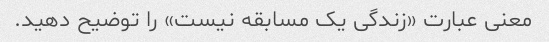
معنی عبارت «زندگی یک مسابقه نیست» را توضیح دهید.